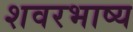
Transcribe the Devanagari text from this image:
शवरभाष्य